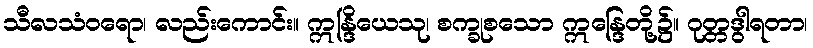
သီလသံဝရော၊ လည်းကောင်း။ ဣန္ဒြိယေသု၊ စက္ခုစသော ဣန္ဒြေတို့၌။ ဂုတ္တဒွါရတာ၊